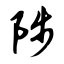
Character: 陟